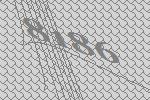
8186